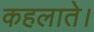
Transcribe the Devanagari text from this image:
कहलाते।